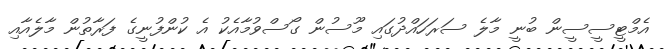
އެމްޓީސީސީން ބުނީ މާލެ ސަރަހައްދުގައި މޫސުން ގޯސްވުމާއެކު އެ ކުންފުނީގެ ފަރާތުން މާލެއާއި